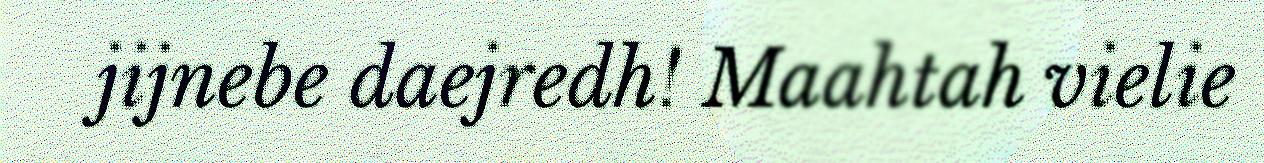
jijnebe daejredh! Maahtah vielie